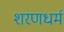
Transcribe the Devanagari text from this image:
शरणधर्म